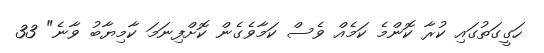
ހަގީގަތުގައި ކުރާ ކޮންމެ ކަމެއް ވެސް ކަމާވެގެން ކޮށްފިނަމަ ކާމިޔާބު ވާނެ" 33